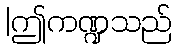
|ဤကဏ္ဍသည်